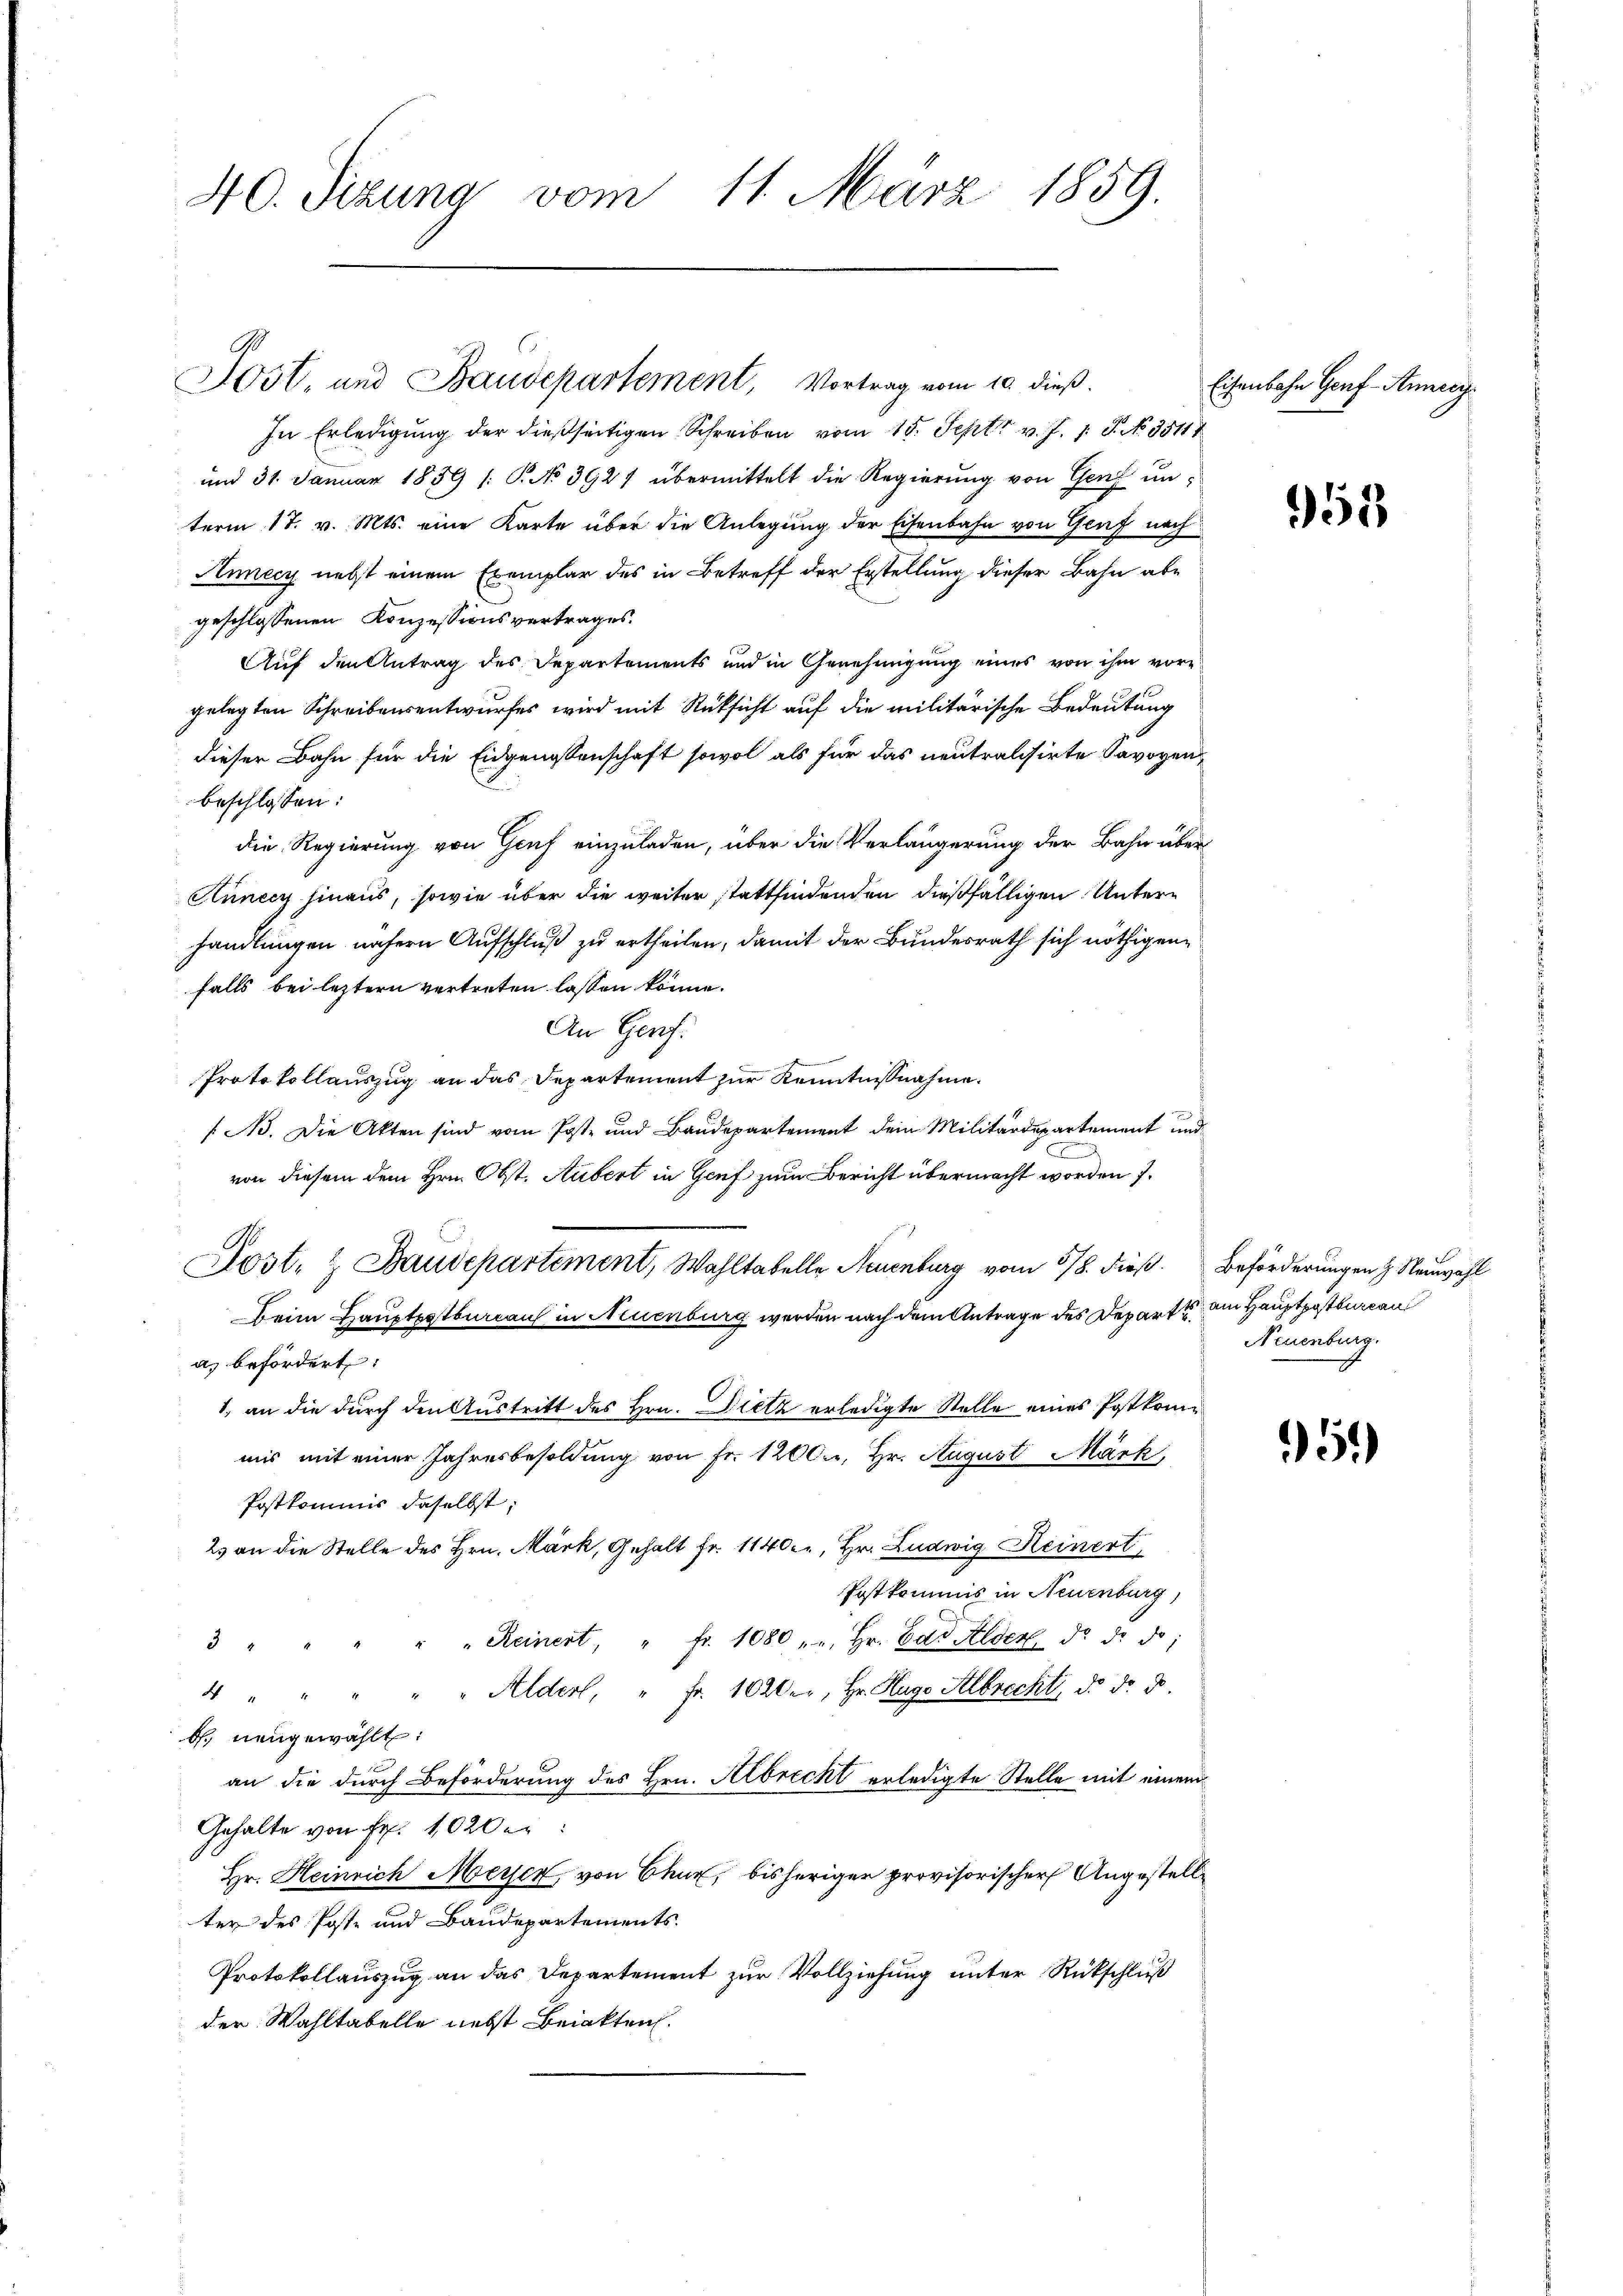
40. Sizung vom 11. März 1859.

Jost, und Baudepartement, Vortrag vom 10. dieß.

In Erledigung der dießseitigen Schreiben vom 15. Sept. v. J. J. No 35111
und 31. Januar 1859 /: P. No 3927 übermittelt die Regierŭng von Genf unterm 17. v. Mts. eine Karte über die Anlegung der Eisenbahn von Genf nach
Annecy nebst einem Exemplar des in Betreff der Erstellung dieser Bahn abe
geschlossenen Konzessionsvertrages.
Auf den Antrag des Departements und in Genehmigung eines von ihm vorgelegten Schreibensentwurfes wird mit Rücksicht auf die militärische Bedeutung
dieser Bahn für die Eidgenossenschaft sowol als für das neutralisirte Savoyen,
beschlossen:
die Regierung von Genf einzuladen, über die Verlängerung der Bahn über
Kunecy hinaus, sowie über die weiter stattfindenden dießfälligen Unterhandlungen nähern Aufschluß zu ertheilen, damit der Bundesrath sich nöthigen
falls bei letztern vertreten lassen könne.
An Gerf.
Protokollauszug an das Departement zur Kenntnißnahme.
/A. Die Akten sind vom Post- und Baudepartement dein Militärdepartement und
x
von diesem dem Hrn. Obst. Aubert in Genf zum Bericht übermacht worden 7.
A
Lost- & Baudepartement, Wahltabelle Neuenburg vom 17. dieß.
Beim Hauptpotbureau in Neuenburg werden nach dem Antrage des Departe am Hauptpostbureau
a) befördert:
1. an die durch den Austritt des Hrn. Dietz erledigte Stelle eines Postkommis mit einer Jahresbesoldung von Fr. 1200., Hr. August Märk
Postkommis daselbst;
2 an die Stelle des Hrn. Mark, Gehalt Fr. 1140. r, Hr. Ludwig Heinert
Postkommis in Neuenburg,
" Reinert, " fr. 1080 " " hr. Das Alder d. d. d.
 2 2
4 " " " " " Alder, " Fr. 1020., Hr. Hugo Albrecht, d. d. d.
b. neugewählt:
an die durch Beförderung des Hrn. Albrecht erledigte Stelle mit einem
Gehalte von Fr. 1020er:
Hr. Heinrich Meyer von Chur, bisheriger provisorischer Angestell
ter des Poste und Baudepartements.
Protokollauszug an das Departement zur Vollziehung unter Rückschluß
der Wahltabelle nebst Beiakten.

Eisenbahn Genf-Annier

953

Beförderungen z. Neuwahl
Neuenburg.

951)